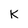
Character: K